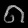
Digit: ၈